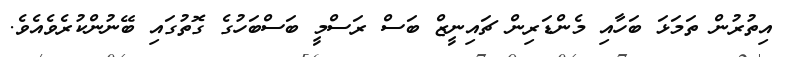
އިތުރުން ތަމަޅަ ބަހާއި މެންޑަރިން ޗައިނީޒް ބަސް ރަސްމީ ބަސްބަހުގެ ގޮތުގައި ބޭނުންކުރެވެއެވެ.